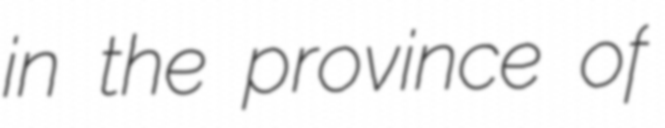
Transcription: in the province of